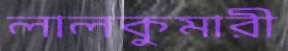
লালকুমারী